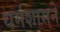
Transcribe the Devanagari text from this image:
धर्मशासने